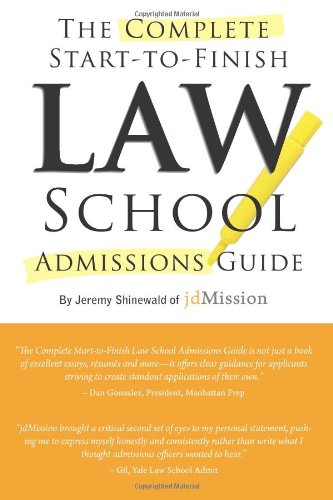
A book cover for Complete Start-to-Finish Law School Admissions Guide; Jeremy Shinewald; Education & Teaching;